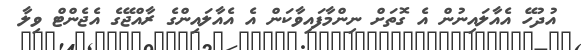
އުދުހޭ އެއާލައިނުން އެ ގޮތަށް ނިންމާފައިވާކަން އެ އެއާލައިންގެ ރާއްޖޭގެ އެޖެންޓް ވިލާ